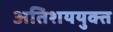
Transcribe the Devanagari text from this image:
अतिशययुक्त